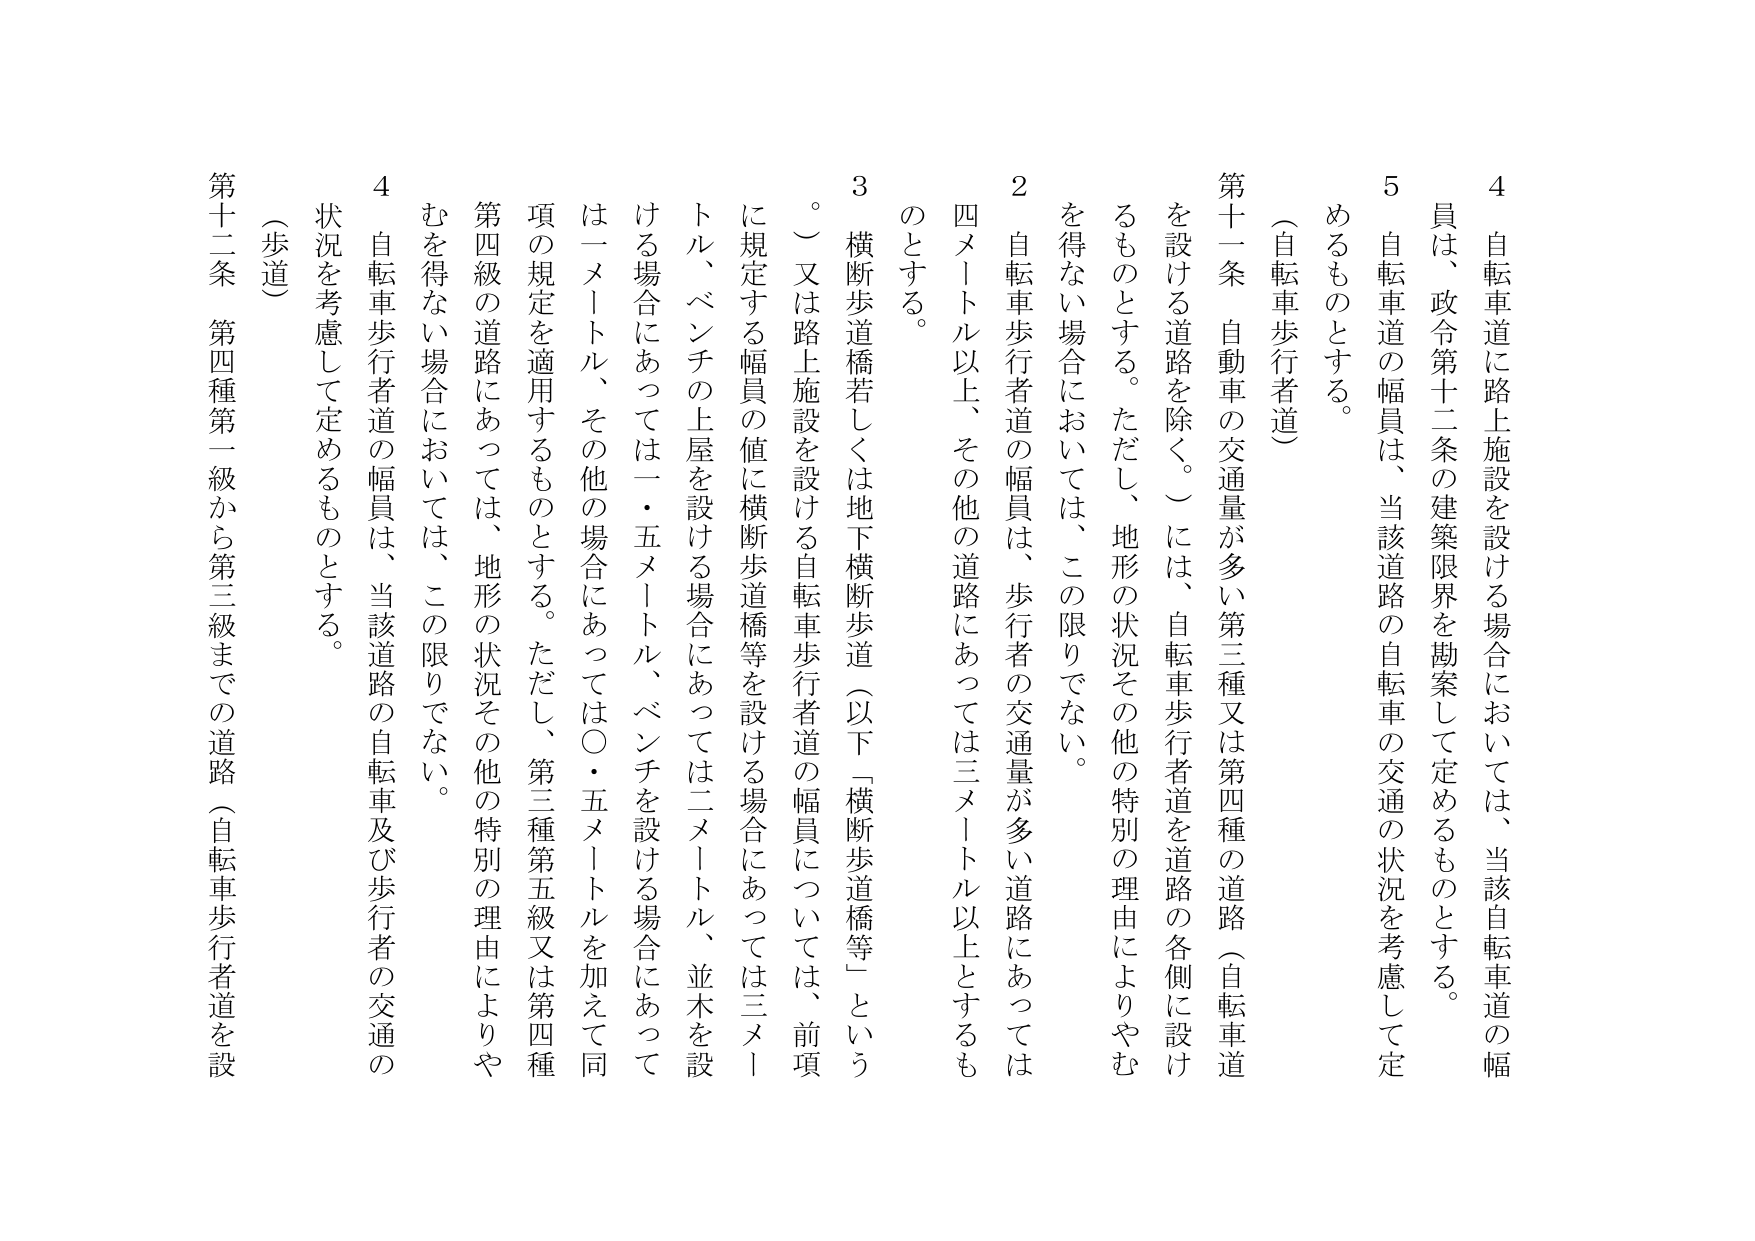
第十一條 自動車の交通量が多い第三種又は第四種の道路（自転車道を設ける道路を除く。）には、自転車歩行者道を道路の各側に設けるものとする。ただし、地形の状況その他の特別の理由によりやむを得ない場合においては、この限りでない。

２ 自転車歩行者道の幅員は、歩行者の交通量が多い道路にあっては四メートル以上、その他の道路にあっては三メートル以上とするものとする。

３ 横断歩道橋若しくは地下横断歩道（以下「横断歩道橋等」という。）又は路上施設を設ける自転車歩行者道の幅員については、前項に規定する幅員の値に横断歩道橋等を設ける場合にあっては三メートル、ベンチの上屋を設ける場合にあっては二メートル、並木を設ける場合にあっては一・五メートル、ベンチを設ける場合にあっては一メートル、その他の場合にあっては〇・五メートルを加えて同項の規定を適用するものとする。ただし、第三種第五級又は第四種第四級の道路にあっては、地形の状況その他の特別の理由によりやむを得ない場合においては、この限りでない。

４ 自転車歩行者道の幅員は、当該道路の自転車及び歩行者の交通の状況を考慮して定めるものとする。

（歩道）

第十二条 第四種第一級から第三級までの道路（自転車歩行者道を設

４ 自転車道に路上施設を設ける場合においては、当該自転車道の幅員は、政令第十二条の建築限界を勘案して定めるものとする。

５ 自転車道の幅員は、当該道路の自転車の交通の状況を考慮して定めるものとする。

（自転車歩行者道）